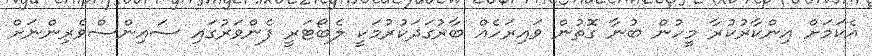
އެކަމަށް އިންކާރުކުރާ މީހުން ބުނާ ގޮތުން ވައިރަހެއް ބާރުގަދަކުރުމަކީ ލެބޯޓަރީ ފެންވަރުގައި ސައިންސްވެރިންނަށް